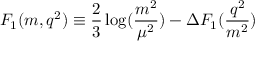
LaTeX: { \cal F } _ { 1 } ( m , q ^ { 2 } ) \equiv \frac { 2 } { 3 } \log ( \frac { m ^ { 2 } } { \mu ^ { 2 } } ) - \Delta F _ { 1 } ( \frac { q ^ { 2 } } { m ^ { 2 } } )